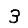
Digit: 3